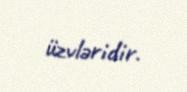
üzvləridir.